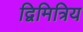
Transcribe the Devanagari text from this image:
द्विमित्रिय